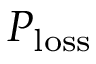
P _ { \mathrm { l o s s } }